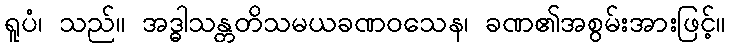
ရူပံ၊ သည်။ အဒ္ဓါသန္တတိသမယခဏဝသေန၊ ခဏ၏အစွမ်းအားဖြင့်။